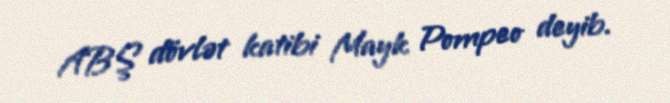
ABŞ dövlət katibi Mayk Pompeo deyib.